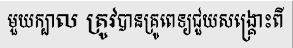
មួយក្បាល ត្រូវបានគ្រូពេទ្យជួយសង្គ្រោះពី